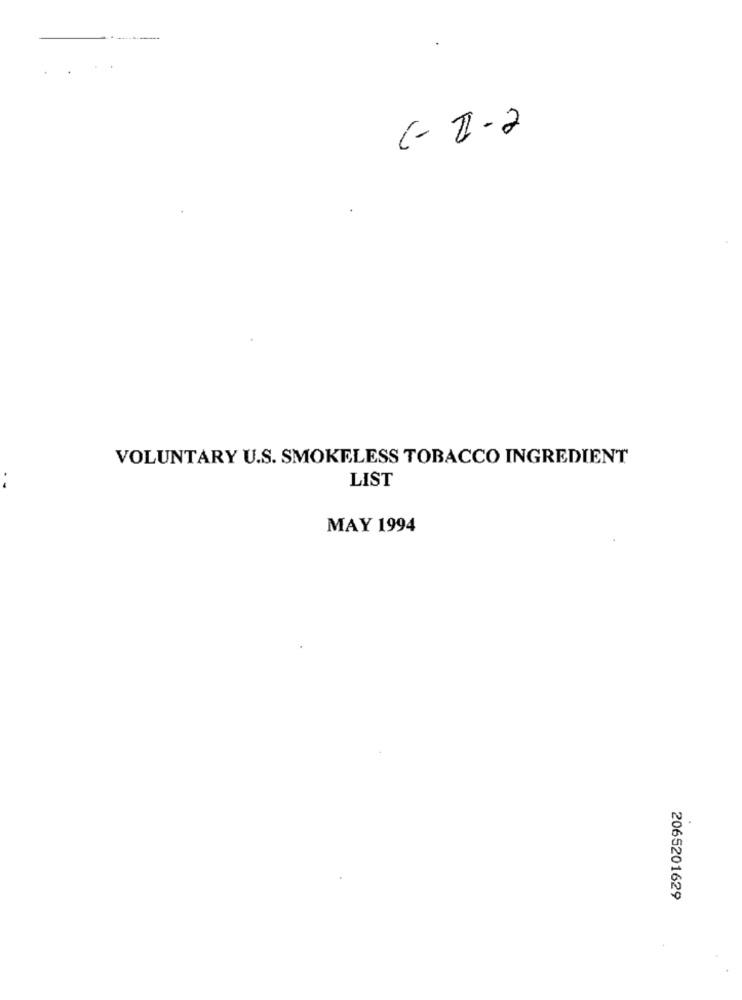
.
VOLUNTARY U.S. SMOKELESS TOBACCO INGREDIENT
LIST
MAY 1994
2065201629